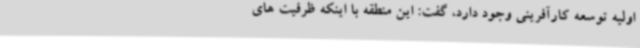
اولیه توسعه کارآفرینی وجود دارد، گفت: این منطقه با اینکه ظرفیت های